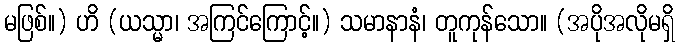
မဖြစ်။) ဟိ (ယသ္မာ၊ အကြင်ကြောင့်။) သမာနာနံ၊ တူကုန်သော။ (အပိုအလိုမရှိ